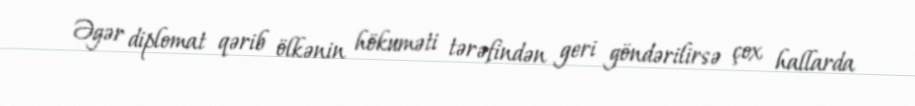
Əgər diplomat qərib ölkənin hökuməti tərəfindən geri göndərilirsə çox hallarda